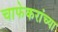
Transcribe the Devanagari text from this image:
चाफेकरांच्या